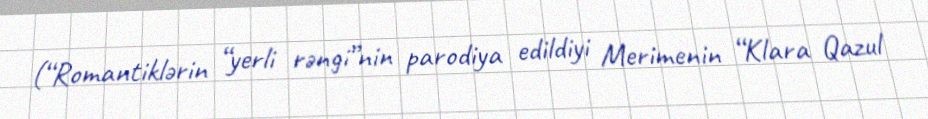
(“Romantiklərin “yerli rəngi”nin parodiya edildiyi Merimenin “Klara Qazul